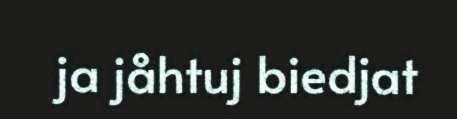
ja jåhtuj biedjat